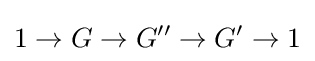
1\to G\to G''\to G'\to 1